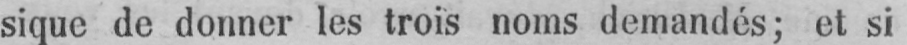
sique de donner les trois noms demandés; et si